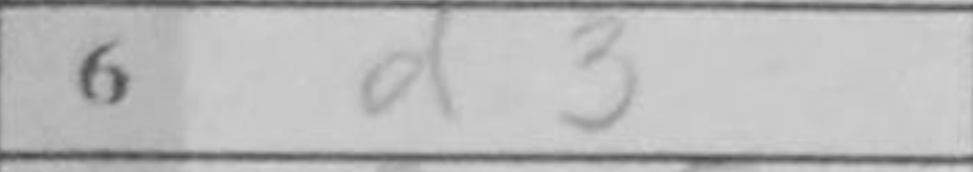
Transcription: d3